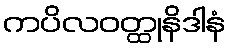
ကပိလဝတ္ထုနိဒါနံ